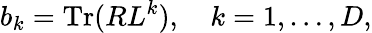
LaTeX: b_{k}=\mathrm{Tr}(RL^{k}),\quad k=1,\ldots,D,